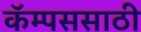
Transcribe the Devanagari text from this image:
कॅम्पससाठी